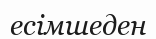
есімшеден